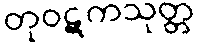
တုဝဋကသုတ္တ